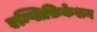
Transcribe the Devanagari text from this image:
एम्प्लिफ़िकेशन